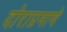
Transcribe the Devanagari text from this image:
दोराप्रमाणे